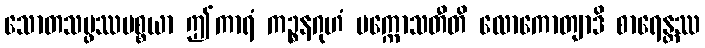
သောတသမ္ဖဿပစ္စယာ ဤကာရံ ကဉ္စနဂုဟံ ပက္ကောသတီတိ လောကောတျာဒိ စာရေန္တဿ